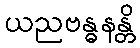
ယညဗန္ဓနန္တိ